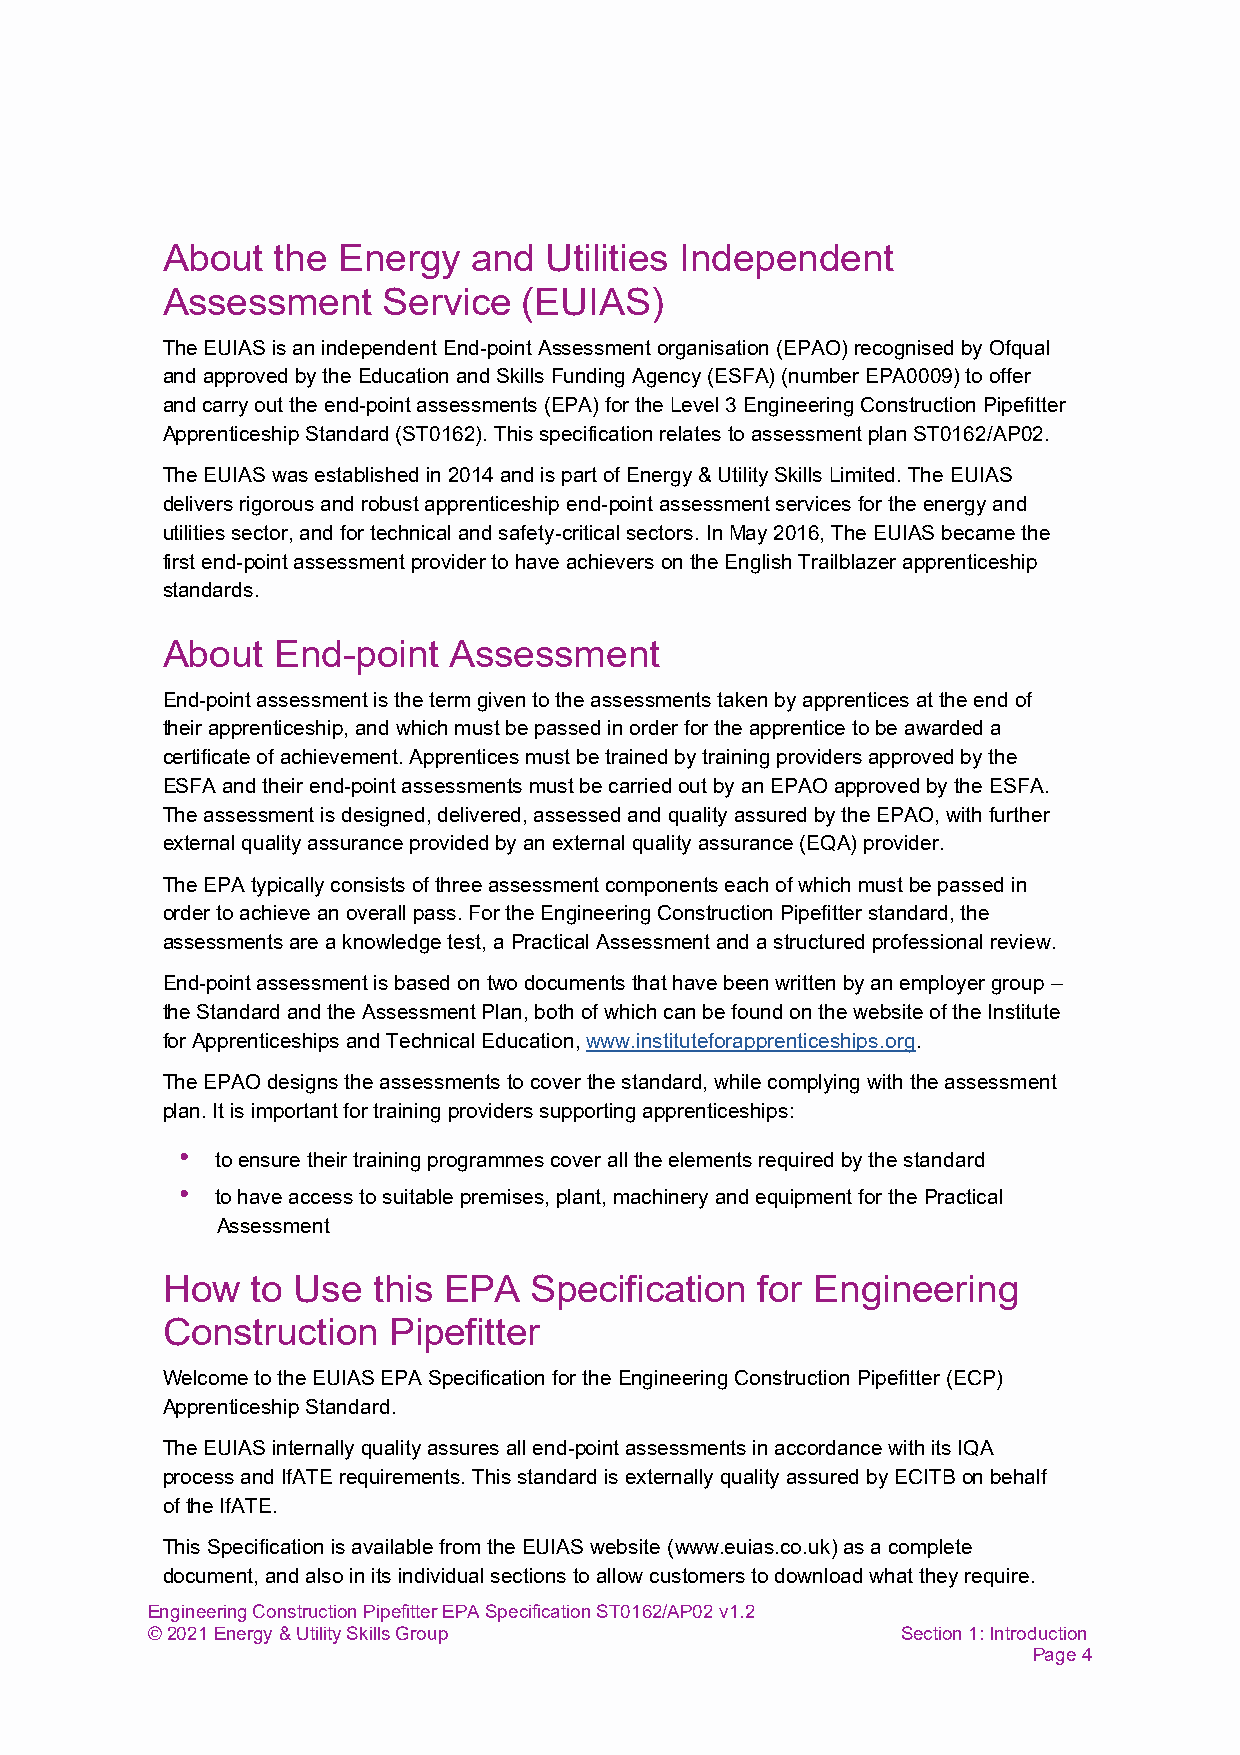
About  the Energy   and  Utilities Independent
 Assessment    Service   (EUIAS)
 The EUIAS is an independent End-point Assessment organisation (EPAO) recognised by Ofqual
 and approved by the Education and Skills Funding Agency (ESFA) (number EPA0009) to offer
 and carry out the end-point assessments (EPA) for the Level 3 Engineering Construction Pipefitter
 Apprenticeship Standard (ST0162). This specification relates to assessment plan ST0162/AP02.
 The EUIAS was established in 2014 and is part of Energy & Utility Skills Limited. The EUIAS
 delivers rigorous and robust apprenticeship end-point assessment services for the energy and
 utilities sector, and for technical and safety-critical sectors. In May 2016, The EUIAS became the
 first end-point assessment provider to have achievers on the English Trailblazer apprenticeship
 standards.
 About  End-point   Assessment
 End-point assessment is the term given to the assessments taken by apprentices at the end of
 their apprenticeship, and which must be passed in order for the apprentice to be awarded a
 certificate of achievement. Apprentices must be trained by training providers approved by the
 ESFA and their end-point assessments must be carried out by an EPAO approved by the ESFA.
 The assessment is designed, delivered, assessed and quality assured by the EPAO, with further
 external quality assurance provided by an external quality assurance (EQA) provider.
 The EPA typically consists of three assessment components each of which must be passed in
 order to achieve an overall pass. For the Engineering Construction Pipefitter standard, the
 assessments are a knowledge test, a Practical Assessment and a structured professional review.
 End-point assessment is based on two documents that have been written by an employer group –
 the Standard and the Assessment Plan, both of which can be found on the website of the Institute
 for Apprenticeships and Technical Education, www.instituteforapprenticeships.org.
 The EPAO designs the assessments to cover the standard, while complying with the assessment
 plan. It is important for training providers supporting apprenticeships:
 • to ensure their training programmes cover all the elements required by the standard
 • to have access to suitable premises, plant, machinery and equipment for the Practical
 Assessment
 How   to Use  this EPA  Specification  for Engineering
 Construction   Pipefitter
 Welcome to the EUIAS EPA Specification for the Engineering Construction Pipefitter (ECP)
 Apprenticeship Standard.
 The EUIAS internally quality assures all end-point assessments in accordance with its IQA
 process and IfATE requirements. This standard is externally quality assured by ECITB on behalf
 of the IfATE.
 This Specification is available from the EUIAS website (www.euias.co.uk) as a complete
 document, and also in its individual sections to allow customers to download what they require.
 Engineering Construction Pipefitter EPA Specification ST0162/AP02 v1.2
 © 2021 Energy & Utility Skills Group              Section 1: Introduction
 Page 4